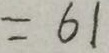
= 6 1